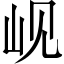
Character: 岘